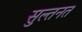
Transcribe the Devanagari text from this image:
सुल्तनत